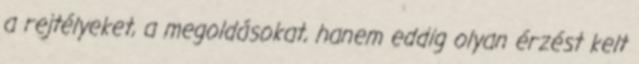
a rejtélyeket, a megoldásokat, hanem eddig olyan érzést kelt